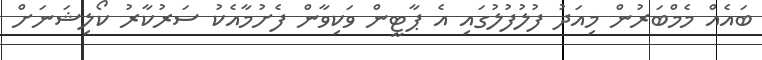
ބައެއް މެމްބަރުން މިއަދު ފުލުފުލުގައި އެ ޕާޓީން ވަކިވާން ފެށުމާއެކު ސަރުކާރު ކޯލިޝަނަށް